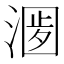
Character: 𣺀